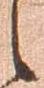
候